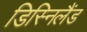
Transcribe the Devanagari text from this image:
डिस्निलैंड